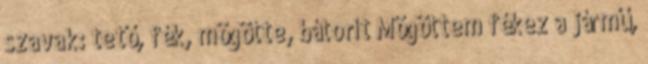
szavak: tető, fék, mögötte, bátorít Mögöttem fékez a jármű,